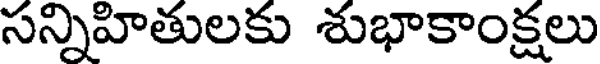
సన్నిహితులకు శుభాకాంక్షలు